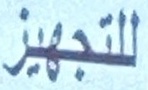
للتجهيز